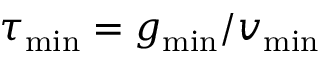
\tau _ { \mathrm { m i n } } = g _ { \mathrm { m i n } } / v _ { \mathrm { m i n } }